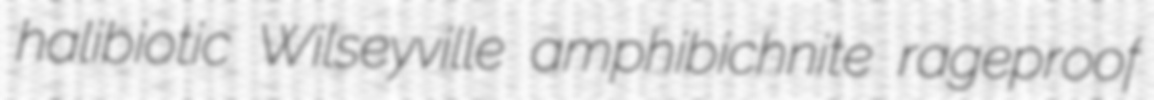
halibiotic Wilseyville amphibichnite rageproof